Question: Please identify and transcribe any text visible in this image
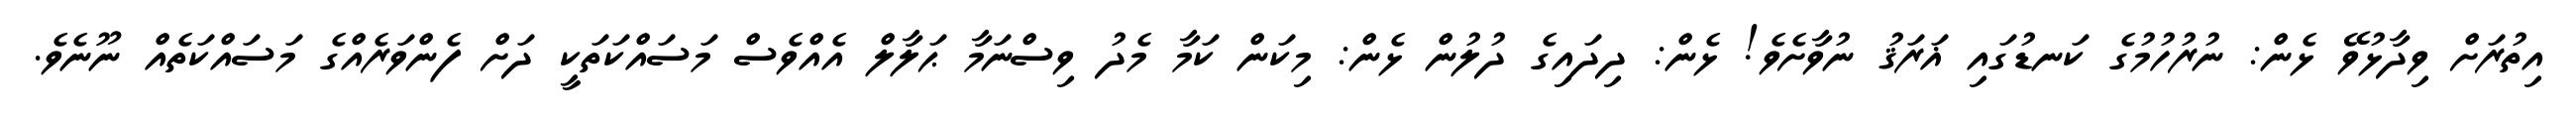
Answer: އިތުރަށް ވިދާޅުވޭ ޅެން: ނުރުހުމުގެ ކަނޑުގައި ޣަރަޤު ނުވާށެވެ! ޅެން: ދިދައިގެ ދުލުން ޅެން: މިކަން ކަމާ މެދު ވިސްނަމާ ޙަލާލް އެއްވެސް މަސައްކަތަކީ ދަށް ފެންވަރެއްގެ މަސައްކަތެއް ނޫނެވެ.